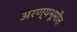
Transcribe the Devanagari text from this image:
अरण्यभूमीत